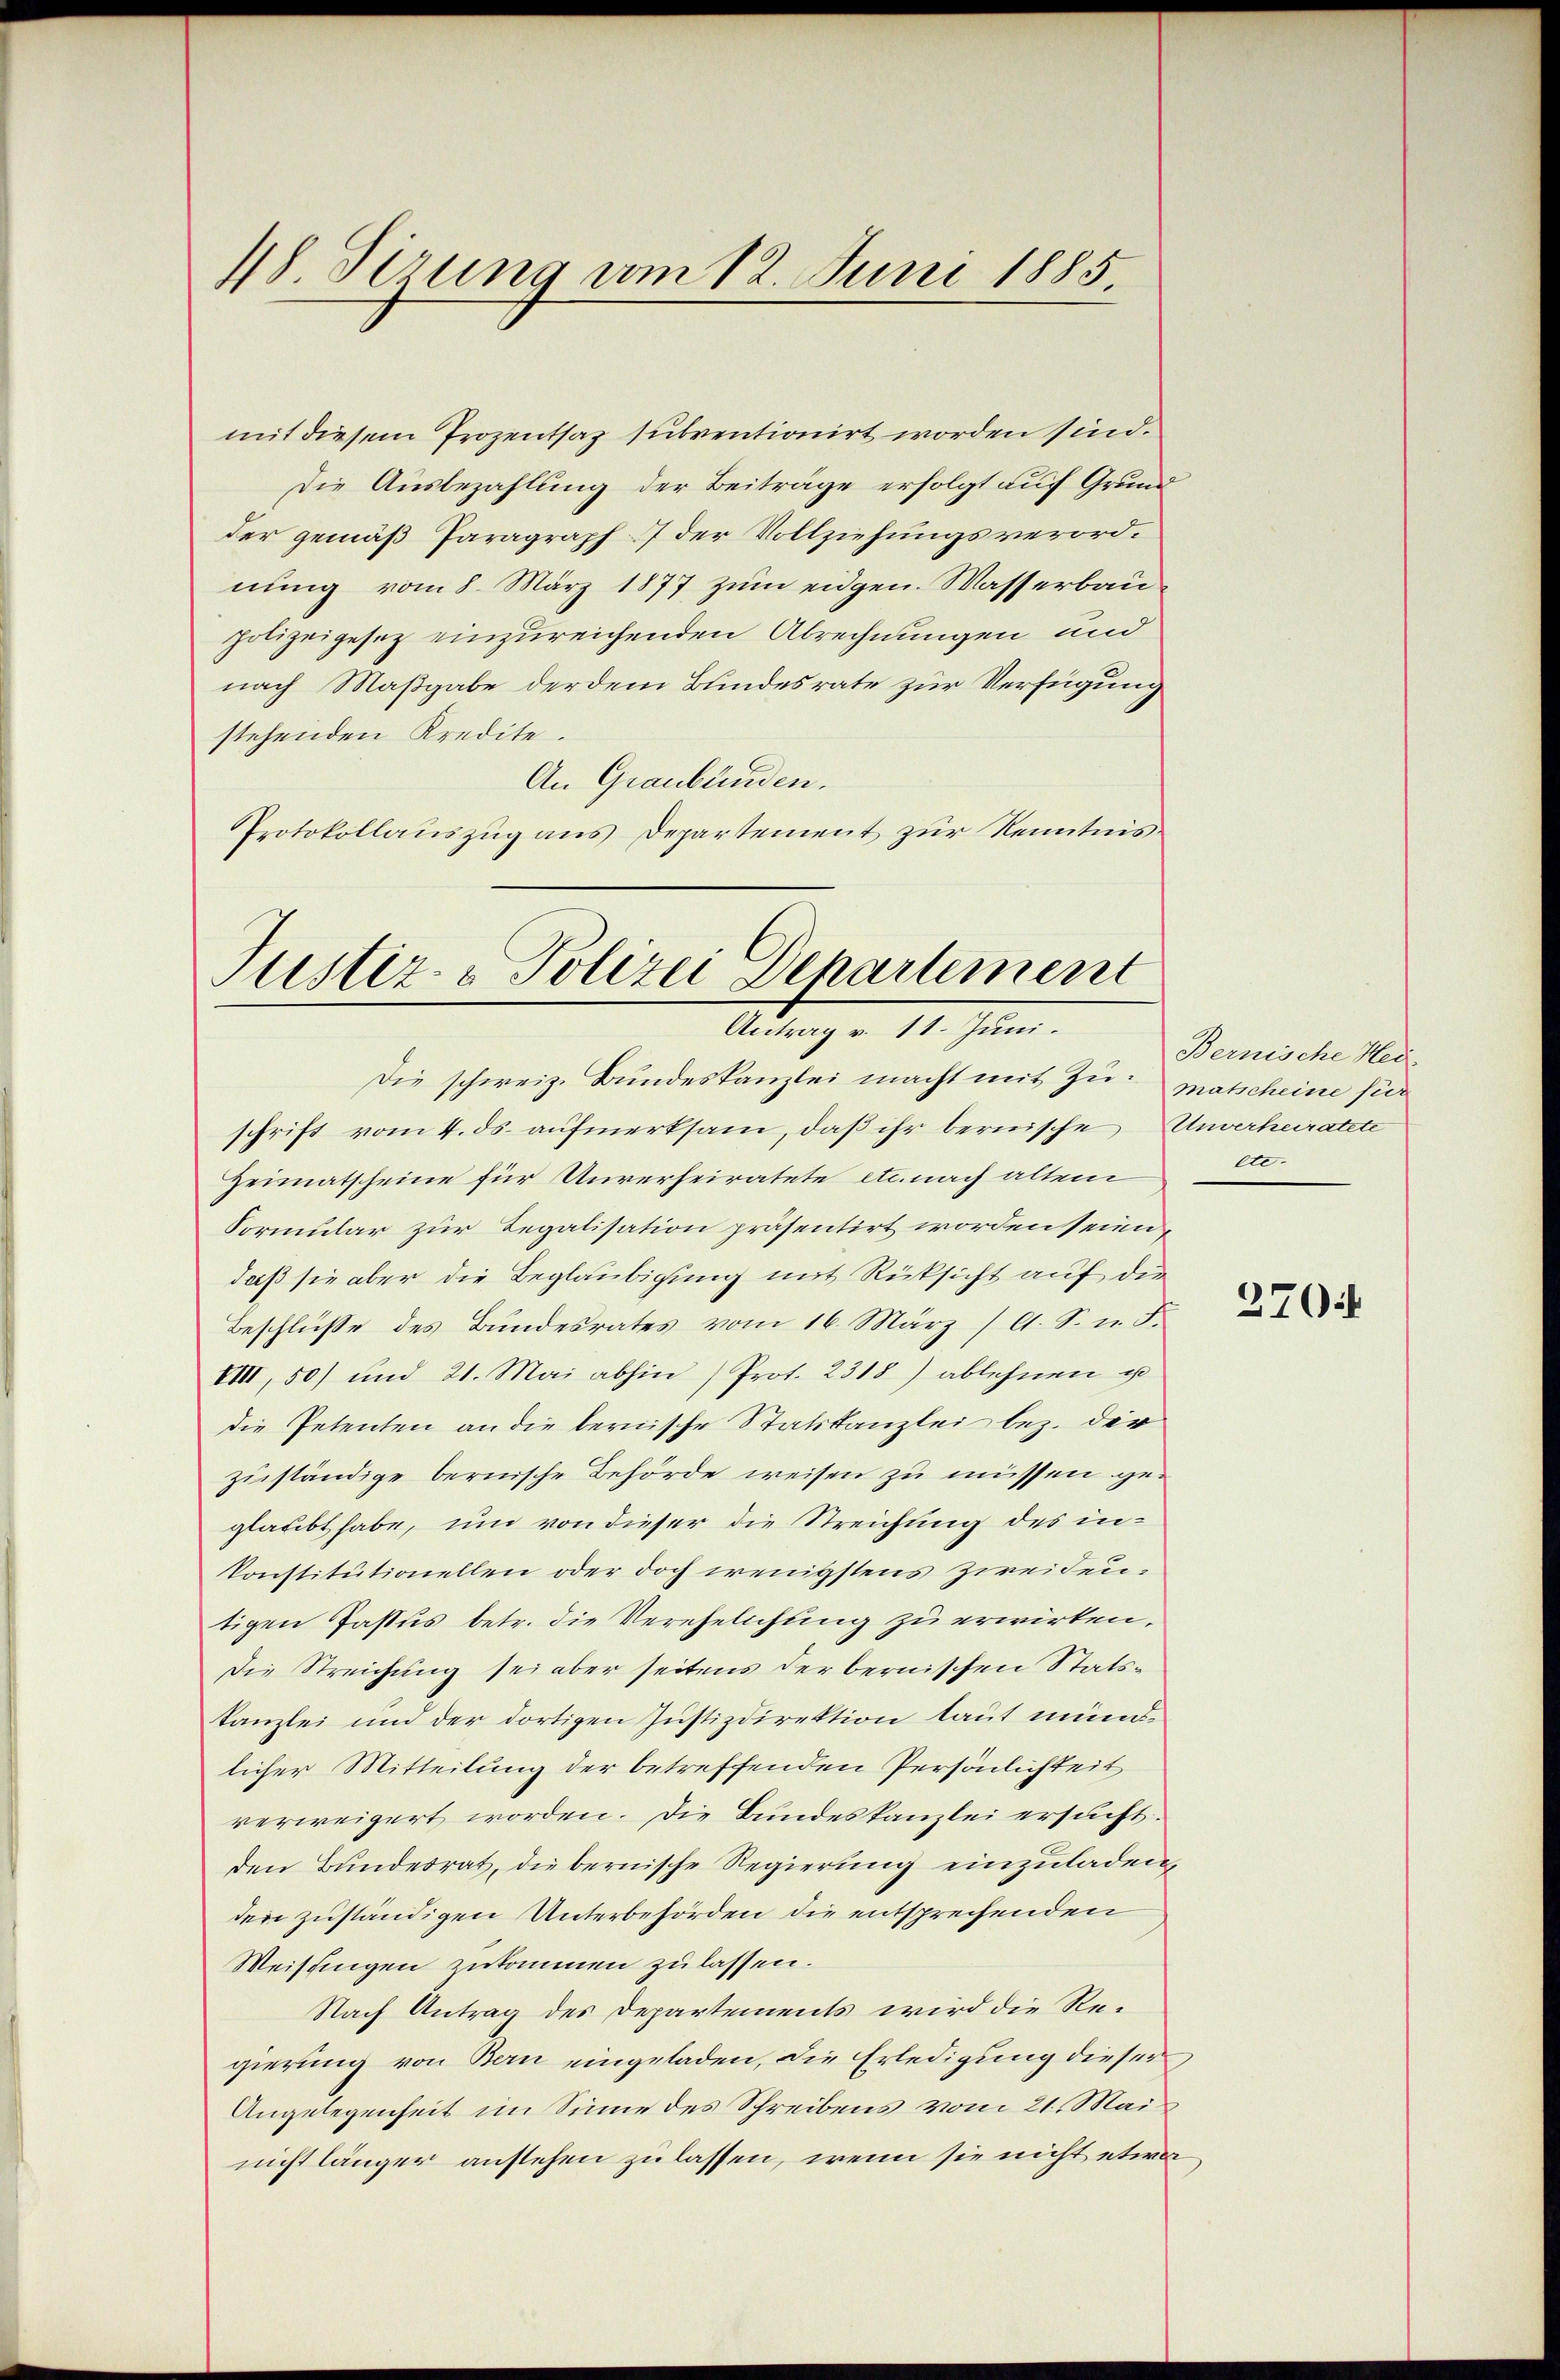
48 Sirung vom 12. Juni 1885.

mit diesem Prozentsaz subventionirt worden sind.
Die Ausbezahlung der Beiträge erfolgt auf Grundder gemäß Paragraph 7 der Vollziehungsverordnung vom 8. März 1877 zum eidgen. Wasserbaupolizeigesetz einzureichenden Abrechnungen und
nach Maßgabe der dem Bundesrate zur Verfügung
stehenden Kredite.
An Graubünden.
Protokollauszug aus Departement zur Kenntnis¬

Justiz- & Polizei Departement
Antrag v. 11. Juni.

Die schweiz. Bundeskanzlei macht mit Zu- matscheine für
schrift vom 4. ds. aufmerksam, daß ihr bernische Unverheiratete
Heimatscheine für Unverheiratete etc. nach alten
Formular zur Regalisation präsentirt worden seien,
daß sie aber die Beglaubigung mit Rücksicht auf die
Beschluße des Bundesrates vom 16. März (O. S. n. F.
VIII, 50) und 21. Mai abhin (Prot. 2318) ablehnen u
die Petenten an die bernische Statskanzlei bez. der
zuständige bernische Behörde weisen zu müssen geglaubt habe, um von dieser die Streichung des inkonstitutionellen oder doch wenigstens Zweidentigen Jassus betr. die Verehelichung zu erwirken,
Die Streichung sei aber seitens der bernischen Statskanzlei und der dortigen Justizdirektion laut mündlicher Mitteilung der betreffenden Persönlichkeit
verweigert worden. Die Bundeskanzlei ersucht.
den Bundesrat, die bernische Regierung einzuladen,
den zuständigen Unterbehörden die entsprechenden
Weistingen zukommen zu lassen.
Nach Antrag des Departements wird die Regierung von Bau eingeladen, die Erledigung dieser
Angelegenheit im Sinne des Schreibens vom 21. Mai
nicht länger anstehen zu lassen, wenn sie nicht etwa

Bernische Hei
ete.

370.